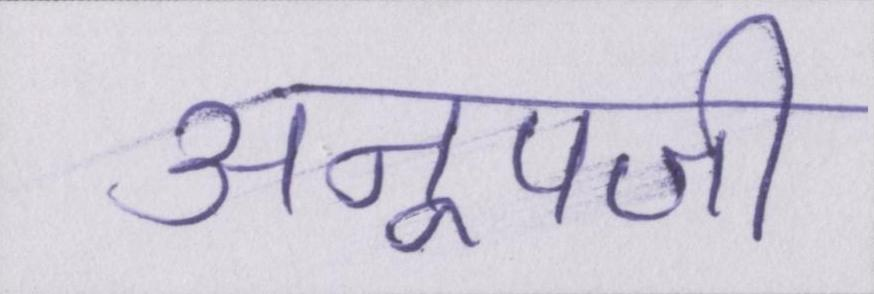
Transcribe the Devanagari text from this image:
अनूपजी